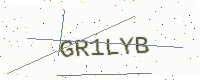
Text: GR1LYB